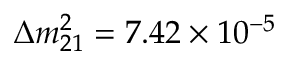
\Delta m _ { 2 1 } ^ { 2 } = 7 . 4 2 \times 1 0 ^ { - 5 }